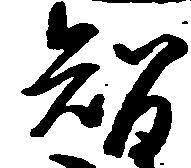
智